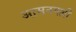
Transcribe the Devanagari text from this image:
आसनगल्ली